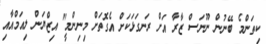
ކިތަންމެ ބޭނުން ނޫނަސް ޒާރާ އަށް ރަނގަޅަކަށް އެގޮތަށް މިނިންމީ" އިޒްޔަން ލިއަމްއާއި